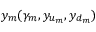
y _ { m } ( \gamma _ { m } , y _ { u _ { m } } , y _ { d _ { m } } )